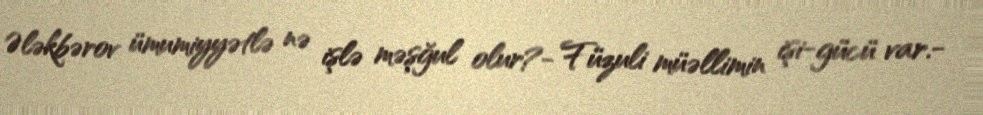
Ələkbərov ümumiyyətlə nə işlə məşğul olur?- Füzuli müəllimin işi-gücü var.-